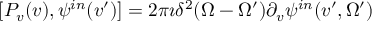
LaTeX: [ P _ { v } ( v ) , \psi ^ { i n } ( v ^ { \prime } ) ] = 2 \pi \imath \delta ^ { 2 } { ( \Omega - \Omega ^ { \prime } ) } \partial _ { v } \psi ^ { i n } ( v ^ { \prime } , \Omega ^ { \prime } )